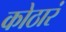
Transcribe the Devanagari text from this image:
कोठारं